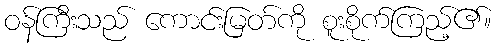
ဝန်ကြီးသည် ကောင်းမြတ်ကို စူးစိုက်ကြည့်၏။